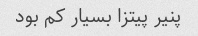
پنیر پیتزا بسیار کم بود